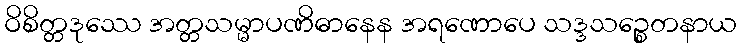
ဝိစိတ္တဒုဿေ အတ္တသမ္မာပဏိဓာနေန အရဏောပေ သဒ္ဒသဉ္စေတနာယ